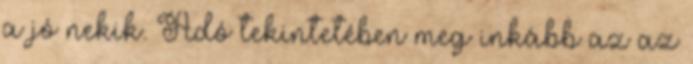
a jó nekik. Adó tekintetében meg inkább az az